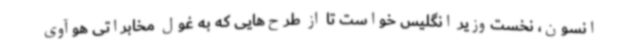
انسون، نخست‌وزیر انگلیس خواست تا از طرح‌هایی که به غول مخابراتی هوآوی